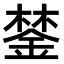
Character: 𨨗